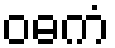
ဝဓကံ